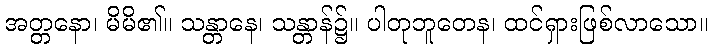
အတ္တနော၊ မိမိ၏။ သန္တာနေ၊ သန္တာန်၌။ ပါတုဘူတေန၊ ထင်ရှားဖြစ်လာသော။